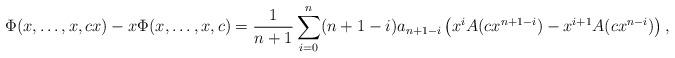
LaTeX: \begin{align*}\Phi(x, \ldots, x, cx)-x\Phi(x, \ldots, x, c)=\dfrac{1}{n+1}\sum_{i=0}^{n} (n+1-i) a_{n+1-i}\left(x^iA(c x^{n+1-i})-x^{i+1}A(c x^{n-i})\right),\end{align*}